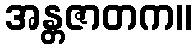
အန္တဇာတက။